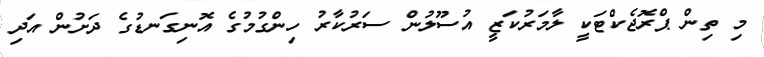
މި ތިން ޕްރޮޖެކްޓަކީ ލާމަރުކަޒީ އުސޫލުން ސަރުކާރު ހިންގުމުގެ އޮނިގަނޑުގެ ދަށުން އަދި